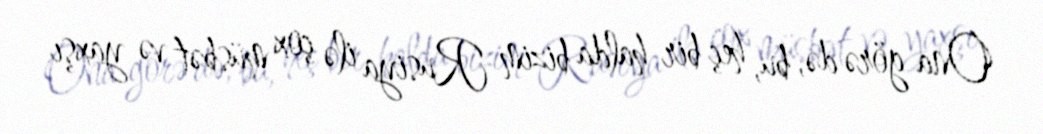
Ona görə də, bu, heç bir halda bizim Rusiya ilə çox müsbət və yaxşı